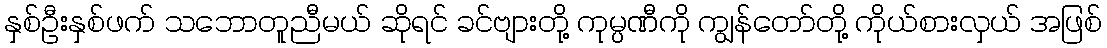
နှစ်ဦးနှစ်ဖက် သဘောတူညီမယ် ဆိုရင် ခင်ဗျားတို့ ကုမ္ပဏီကို ကျွန်တော်တို့ ကိုယ်စားလှယ် အဖြစ်